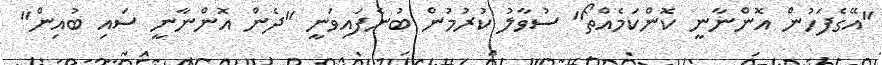
"އޭގެފަހުން އޮންނާނީ ކޮންކަމެއްތޯ" ސުވާލު ކުރުމުން ބުނެފައިވަނީ "ދެން އޮންނާނީ ސައި ބުއިން"